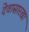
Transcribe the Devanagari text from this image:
देवासारखा